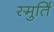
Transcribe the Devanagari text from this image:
स्मुर्ति